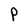
Character: P